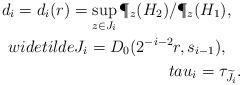
LaTeX: \begin{align*}d_i=d_i(r)=\sup_{z\in J_i}\P_z( H_2)/\P_z( H_1),\ \ \\widetilde{J}_i=D_0(2^{-i-2}r,s_{i-1}),\ \ \ \\tau_i=\tau_{\widetilde{J}_i}.\end{align*}